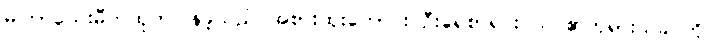
မကြာသေးမီကထုတ်ပြန်ခဲ့သည် အစားထိုးကောင်း ဦးရေစာရင်း သင်၏ဘုရားသခင်ကို